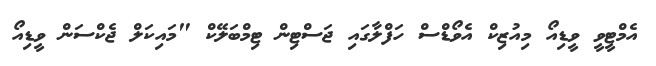
އެމްޓީވީ ވީޑިއޯ މިއުޒިކް އެވޯޑްސް ހަފްލާގައި ޖަސްޓިން ޓިމްބަލޭކް "މައިކަލް ޖެކްސަން ވީޑިއޯ